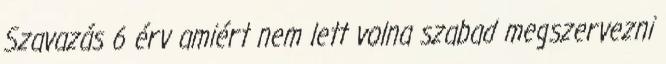
Szavazás 6 érv amiért nem lett volna szabad megszervezni